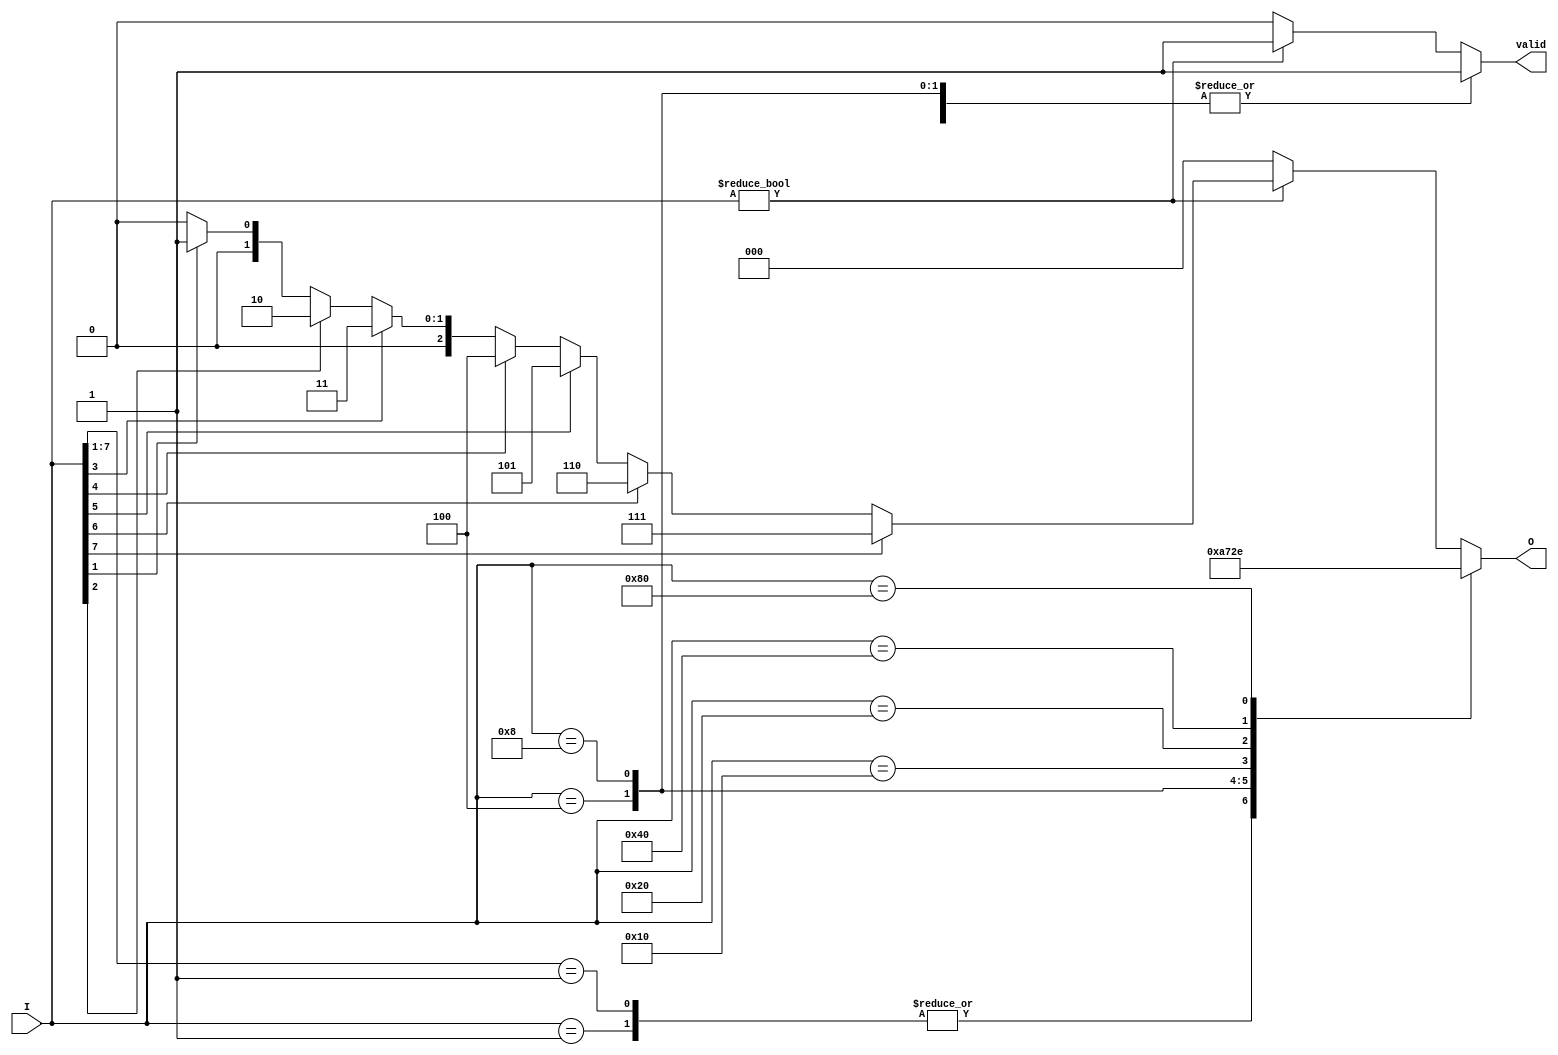
module encoder_8_to_3 (
    input  [7:0] I,   // 8 input lines
    output reg [2:0] O, // 3-bit output
    output reg valid     // Valid signal: 1 if valid, 0 if invalid
);

always @* begin
    // Default output values for invalid state
    O = 3'b000; // Default output
    valid = 1'b0; // Default invalid state

    casez (I) // Use casez to handle don't care conditions
        8'b00000001: begin O = 3'b000; valid = 1'b1; end // I0
        8'b0000001?: begin O = 3'b000; valid = 1'b1; end // I0
        8'b00000100: begin O = 3'b001; valid = 1'b1; end // I1
        8'b00001000: begin O = 3'b010; valid = 1'b1; end // I2
        8'b00010000: begin O = 3'b011; valid = 1'b1; end // I3
        8'b00100000: begin O = 3'b100; valid = 1'b1; end // I4
        8'b01000000: begin O = 3'b101; valid = 1'b1; end // I5
        8'b10000000: begin O = 3'b110; valid = 1'b1; end // I6
        default: begin
            if (I != 8'b00000000) begin // If any input is high
                valid = 1'b1; // At least one valid input
                // Set O based on the highest priority active input
                if (I[7]) O = 3'b111; // I7
                else if (I[6]) O = 3'b110; // I6
                else if (I[5]) O = 3'b101; // I5
                else if (I[4]) O = 3'b100; // I4
                else if (I[3]) O = 3'b011; // I3
                else if (I[2]) O = 3'b010; // I2
                else if (I[1]) O = 3'b001; // I1
                else if (I[0]) O = 3'b000; // I0
            end
        end
    endcase
end

endmodule